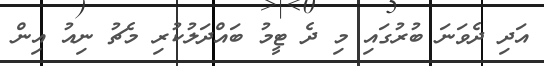
އަދި ދެވަނަ ބުރުގައި މި ދެ ޓީމު ބައްދަލުކުރި މެޗު ނިއު އިން